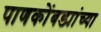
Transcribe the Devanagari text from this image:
पाणकोंबड्यांच्या